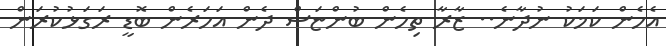
އެހެން ކަމަކު ނުދާނެ.. ޒާރާ ތިހެން ބުންޏަސް ދެން އަހަރެން ބޮޑީ ރަގަޅުކުރަން